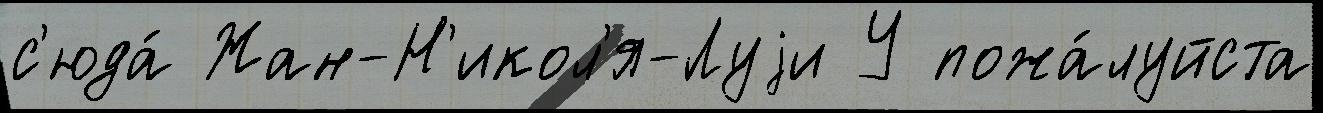
с'юда́ Жан-Н'икол'я-Луjи У пожа́луйста